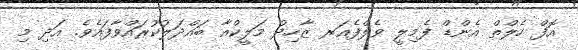
އޮފް ހެލްތް އެންޑް ފެމިލީ ވެލްފެއަރ ޒާހިދު މަލީކްއާ ބައްދަލުކުރައްވާފައެވެ. އަދި މި